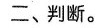
二、判断。